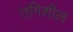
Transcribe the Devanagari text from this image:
तगिशील